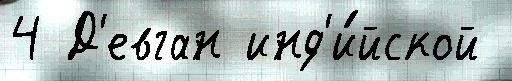
4 Д'евган инд'и́йской